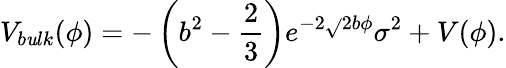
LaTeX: V_{b\mathit{u}lk}(\phi)=-\left(b^{2}-\frac{{2}}{{3}}\right)e^{-2\sqrt{}{{2}}b\phi}\sigma^{2}+V(\phi).